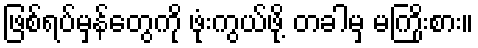
ဖြစ်ရပ်မှန်တွေကို ဖုံးကွယ်ဖို့ တခါမှ မကြိုးစား။